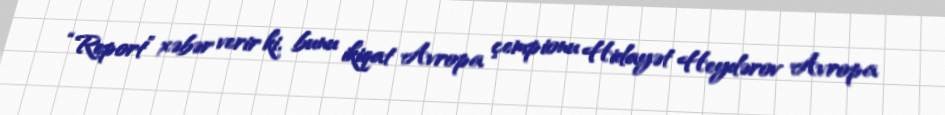
“Report” xəbər verir ki, bunu ikiqat Avropa çempionu Hidayət Heydərov Avropa